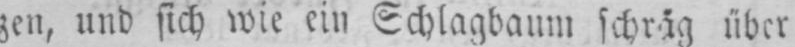
zen, und sich wie ein Schlagbaum schräg über